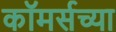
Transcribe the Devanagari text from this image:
कॉमर्सच्या